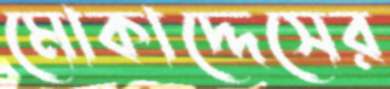
মোকাদ্দেসের